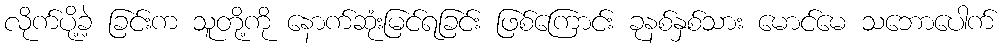
လိုက်ပို့ခဲ့ ခြင်းက သူတို့ကို နောက်ဆုံးမြင်ရခြင်း ဖြစ်ကြောင်း ခုနစ်နှစ်သား မောင်မေ သဘောပေါက်